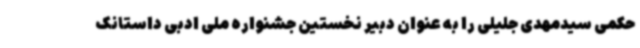
حکمی سیدمهدی جلیلی را به عنوان دبیر نخستین جشنواره ملی ادبی داستانک